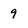
Character: 9